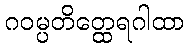
ဂဝမ္ပတိတ္ထေရဂါထာ